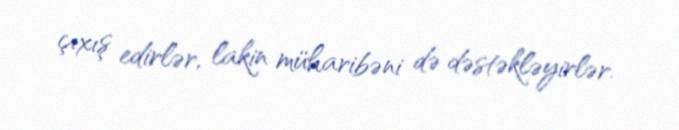
çıxış edirlər, lakin müharibəni də dəstəkləyirlər.